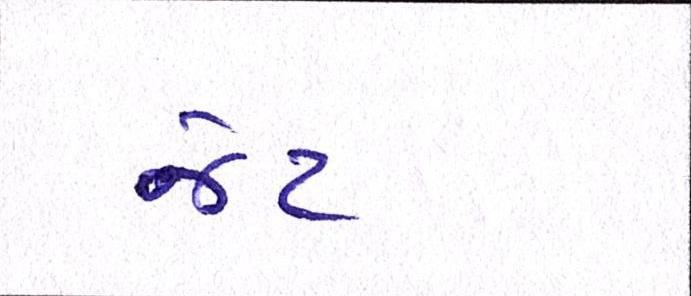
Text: જેટ